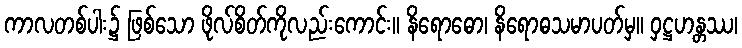
ကာလတစ်ပါး၌ ဖြစ်သော ဖိုလ်စိတ်ကိုလည်းကောင်း။ နိရောဓော၊ နိရောဓသမာပတ်မှ။ ဝှဋ္ဌဟန္တဿ၊